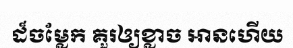
ដ៏ចម្លែក គួរឲ្យខ្លាច អានហើយ